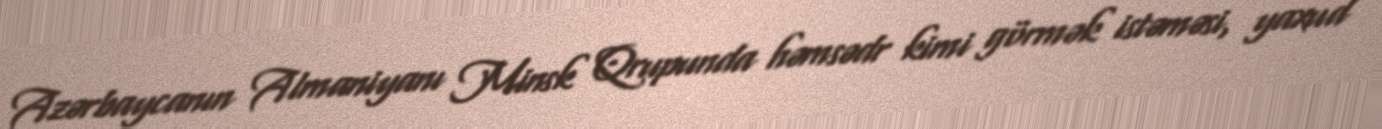
Azərbaycanın Almaniyanı Minsk Qrupunda həmsədr kimi görmək istəməsi, yaxud